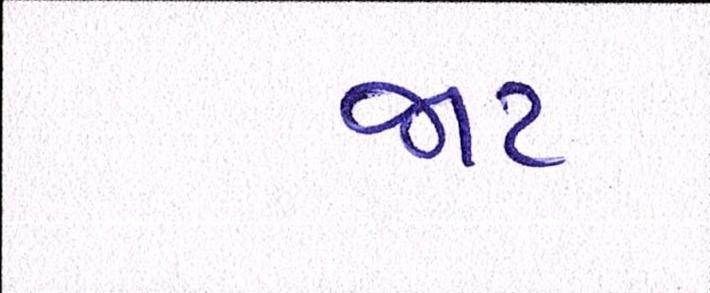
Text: જાટ